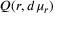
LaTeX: Q ( r , d \mu _ { r } )